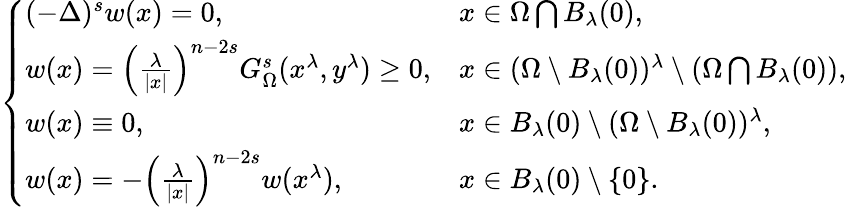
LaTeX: \left\{ \begin{array}{ll}{(-\Delta)^{s}w(x)=0,\ \ \ \ }&{x\in\Omega\bigcap B_{\lambda}(0),}\\ {w(x)=\left(\frac{\lambda}{|x|}\right)^{n-2s}G_{\Omega}^{s}(x^{\lambda},y^{\lambda})\geq 0,}&{x\in(\Omega\setminus B_{\lambda}(0))^{\lambda}\setminus(\Omega\bigcap B_{\lambda}(0)),}\\ {w(x)\equiv 0,}&{x\in B_{\lambda}(0)\setminus(\Omega\setminus B_{\lambda}(0))^{\lambda},}\\ {w(x)=-\left(\frac{\lambda}{|x|}\right)^{n-2s}w(x^{\lambda}),}&{x\in B_{\lambda}(0)\setminus\{ 0\} .}\end{array}\right.